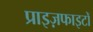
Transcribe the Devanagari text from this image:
प्राइज़फाइटों